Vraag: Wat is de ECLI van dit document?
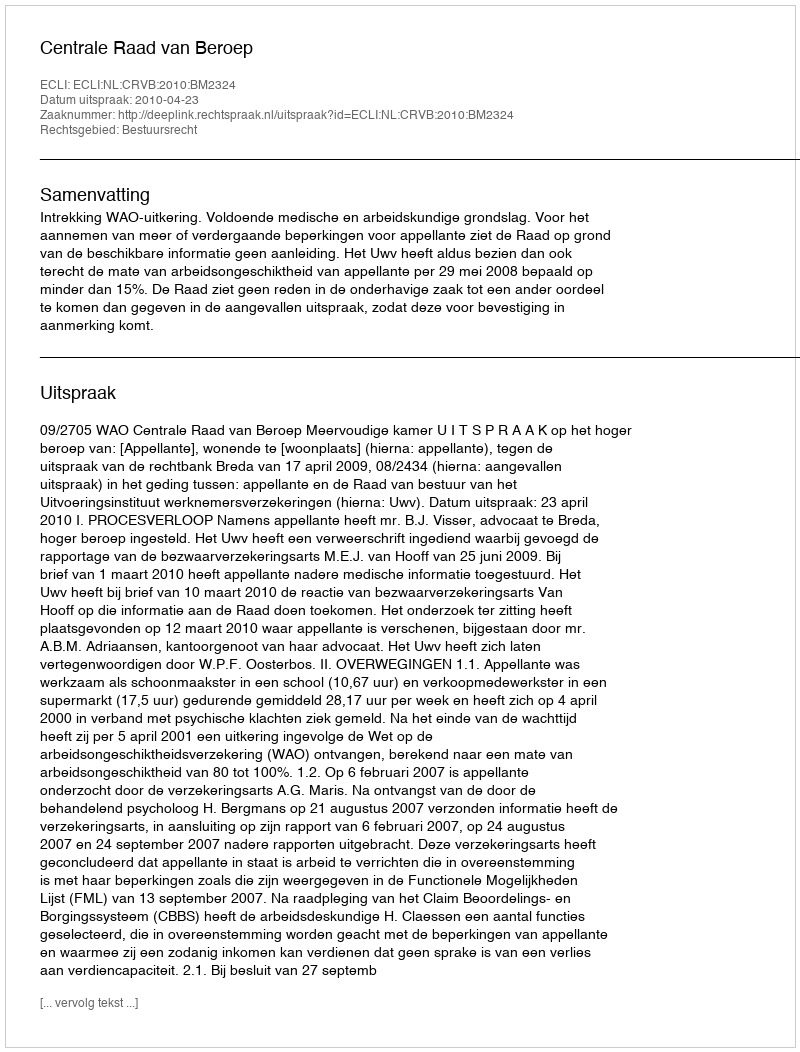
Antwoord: ECLI:NL:CRVB:2010:BM2324